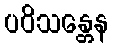
ပဝိသန္တေန